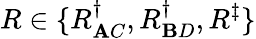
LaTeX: R\in\{ R_{\mathbf{A}C}^{\dagger},R_{\mathbf{B}D}^{\dagger},R^{\ddagger}\}